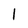
Character: 1